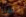
حسنا